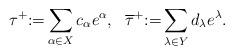
LaTeX: \begin{align*}\tau^+{:=}\sum_{\alpha\in X}c_{\alpha}e^{\alpha},\ \ \overline{\tau}^+{:=}\sum_{\lambda\in Y}d_{\lambda}e^{\lambda}.\end{align*}